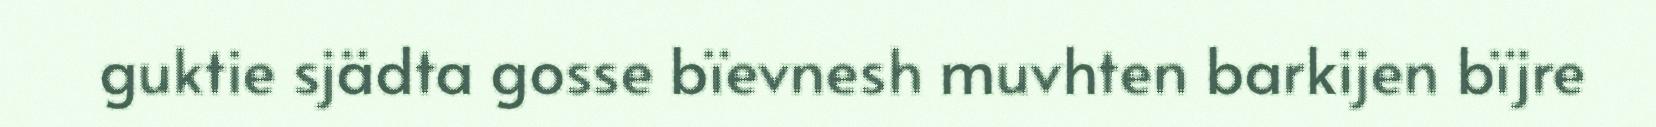
guktie sjädta gosse bïevnesh muvhten barkijen bïjre